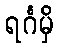
ရင်္ဂမှိ